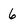
Character: 6